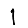
Digit: 1